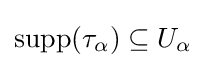
\operatorname {supp} (\tau _{\alpha })\subseteq U_{\alpha }